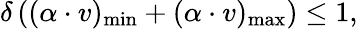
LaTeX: \delta\, ((\alpha\cdot v)_{\mathrm{min}}+(\alpha\cdot v)_{\mathrm{max}})\leq 1,